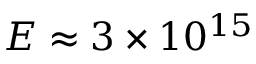
E \approx 3 \times 1 0 ^ { 1 5 }